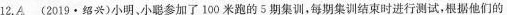
12.A (2019·绍兴)小明、小聪参加了100米跑的5期集训，每期集训结束时进行测试，根据他们的